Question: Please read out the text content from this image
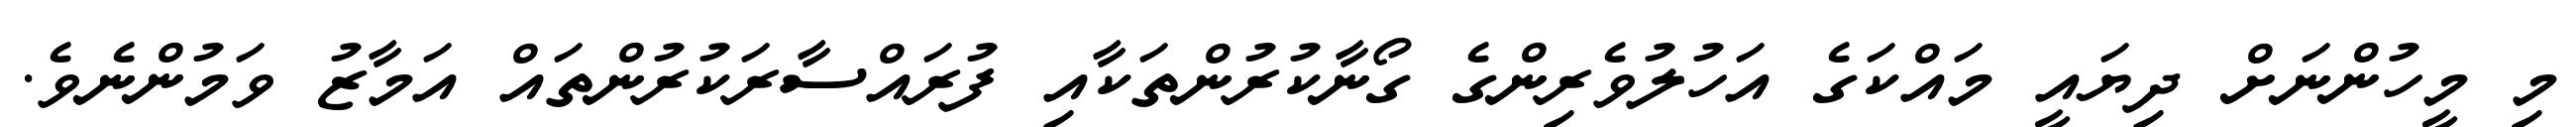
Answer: މި މީހުންނަށް ދިޔައީ މައްކަގެ އަހުލުވެރިންގެ ގޯނާކުރުންތަކާއި ފުރައްސާރަކުރުންތައް އަމާޒު ވަމުންނެވެ.